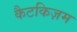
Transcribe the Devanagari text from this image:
कैटकिज़म